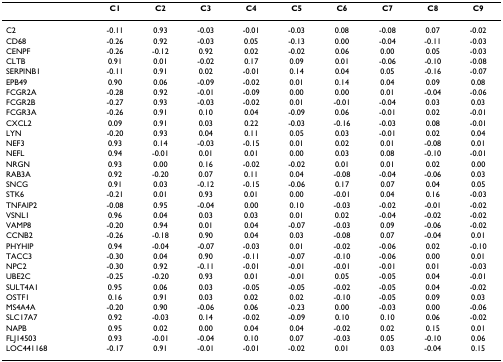
<table><thead><tr><td></td><td><b>C1</b></td><td><b>C2</b></td><td><b>C3</b></td><td><b>C4</b></td><td><b>C5</b></td><td><b>C6</b></td><td><b>C7</b></td><td><b>C8</b></td><td><b>C9</b></td></tr></thead><tbody><tr><td>C2</td><td>-0.11</td><td>0.93</td><td>-0.03</td><td>-0.01</td><td>-0.03</td><td>0.08</td><td>-0.08</td><td>0.07</td><td>-0.02</td></tr><tr><td>CD68</td><td>-0.26</td><td>0.92</td><td>-0.03</td><td>0.05</td><td>-0.13</td><td>0.00</td><td>-0.04</td><td>-0.11</td><td>-0.03</td></tr><tr><td>CENPF</td><td>-0.26</td><td>-0.12</td><td>0.92</td><td>0.02</td><td>-0.02</td><td>0.06</td><td>0.00</td><td>0.05</td><td>-0.03</td></tr><tr><td>CLTB</td><td>0.91</td><td>0.01</td><td>-0.02</td><td>0.17</td><td>0.09</td><td>0.01</td><td>-0.06</td><td>-0.10</td><td>-0.08</td></tr><tr><td>SERPINB1</td><td>-0.11</td><td>0.91</td><td>0.02</td><td>-0.01</td><td>0.14</td><td>0.04</td><td>0.05</td><td>-0.16</td><td>-0.07</td></tr><tr><td>EPB49</td><td>0.90</td><td>0.06</td><td>-0.09</td><td>-0.02</td><td>0.01</td><td>0.14</td><td>0.04</td><td>0.09</td><td>0.08</td></tr><tr><td>FCGR2A</td><td>-0.28</td><td>0.92</td><td>-0.01</td><td>-0.09</td><td>0.00</td><td>0.00</td><td>0.01</td><td>-0.04</td><td>-0.06</td></tr><tr><td>FCGR2B</td><td>-0.27</td><td>0.93</td><td>-0.03</td><td>-0.02</td><td>0.01</td><td>-0.01</td><td>-0.04</td><td>0.03</td><td>0.03</td></tr><tr><td>FCGR3A</td><td>-0.26</td><td>0.91</td><td>0.10</td><td>0.04</td><td>-0.09</td><td>0.06</td><td>-0.01</td><td>0.02</td><td>-0.01</td></tr><tr><td>CXCL2</td><td>0.09</td><td>0.91</td><td>0.03</td><td>0.22</td><td>-0.03</td><td>-0.16</td><td>-0.03</td><td>0.08</td><td>-0.01</td></tr><tr><td>LYN</td><td>-0.20</td><td>0.93</td><td>0.04</td><td>0.11</td><td>0.05</td><td>0.03</td><td>-0.01</td><td>0.02</td><td>0.04</td></tr><tr><td>NEF3</td><td>0.93</td><td>0.14</td><td>-0.03</td><td>-0.15</td><td>0.01</td><td>0.02</td><td>0.01</td><td>-0.08</td><td>0.01</td></tr><tr><td>NEFL</td><td>0.94</td><td>-0.01</td><td>0.01</td><td>0.01</td><td>0.00</td><td>0.03</td><td>0.08</td><td>-0.10</td><td>-0.01</td></tr><tr><td>NRGN</td><td>0.93</td><td>0.00</td><td>0.16</td><td>-0.02</td><td>-0.02</td><td>0.01</td><td>0.01</td><td>0.02</td><td>0.00</td></tr><tr><td>RAB3A</td><td>0.92</td><td>-0.20</td><td>0.07</td><td>0.11</td><td>0.04</td><td>-0.08</td><td>-0.04</td><td>-0.06</td><td>0.03</td></tr><tr><td>SNCG</td><td>0.91</td><td>0.03</td><td>-0.12</td><td>-0.15</td><td>-0.06</td><td>0.17</td><td>0.07</td><td>0.04</td><td>0.05</td></tr><tr><td>STK6</td><td>-0.21</td><td>0.01</td><td>0.93</td><td>0.01</td><td>0.00</td><td>-0.01</td><td>0.04</td><td>0.16</td><td>-0.03</td></tr><tr><td>TNFAIP2</td><td>-0.08</td><td>0.95</td><td>-0.04</td><td>0.00</td><td>0.10</td><td>-0.03</td><td>-0.02</td><td>-0.01</td><td>-0.02</td></tr><tr><td>VSNL1</td><td>0.96</td><td>0.04</td><td>0.03</td><td>0.03</td><td>0.01</td><td>0.02</td><td>-0.04</td><td>-0.02</td><td>-0.02</td></tr><tr><td>VAMP8</td><td>-0.20</td><td>0.94</td><td>0.01</td><td>0.04</td><td>-0.07</td><td>-0.03</td><td>0.09</td><td>-0.06</td><td>-0.02</td></tr><tr><td>CCNB2</td><td>-0.26</td><td>-0.18</td><td>0.90</td><td>0.04</td><td>0.03</td><td>-0.08</td><td>0.07</td><td>-0.04</td><td>0.01</td></tr><tr><td>PHYHIP</td><td>0.94</td><td>-0.04</td><td>-0.07</td><td>-0.03</td><td>0.01</td><td>-0.02</td><td>-0.06</td><td>0.02</td><td>-0.10</td></tr><tr><td>TACC3</td><td>-0.30</td><td>0.04</td><td>0.90</td><td>-0.11</td><td>-0.07</td><td>-0.10</td><td>-0.06</td><td>0.00</td><td>0.01</td></tr><tr><td>NPC2</td><td>-0.30</td><td>0.92</td><td>-0.11</td><td>-0.01</td><td>-0.01</td><td>-0.01</td><td>-0.01</td><td>0.01</td><td>-0.03</td></tr><tr><td>UBE2C</td><td>-0.25</td><td>-0.20</td><td>0.93</td><td>0.01</td><td>-0.01</td><td>0.05</td><td>-0.05</td><td>0.04</td><td>-0.01</td></tr><tr><td>SULT4A1</td><td>0.95</td><td>0.06</td><td>0.03</td><td>-0.05</td><td>-0.05</td><td>-0.02</td><td>-0.05</td><td>0.04</td><td>-0.02</td></tr><tr><td>OSTF1</td><td>0.16</td><td>0.91</td><td>0.03</td><td>0.02</td><td>0.02</td><td>-0.10</td><td>-0.05</td><td>0.09</td><td>0.03</td></tr><tr><td>MS4A4A</td><td>-0.20</td><td>0.90</td><td>-0.06</td><td>0.06</td><td>-0.23</td><td>0.00</td><td>-0.03</td><td>0.00</td><td>-0.06</td></tr><tr><td>SLC17A7</td><td>0.92</td><td>-0.03</td><td>0.14</td><td>-0.02</td><td>-0.09</td><td>0.10</td><td>0.10</td><td>0.06</td><td>-0.02</td></tr><tr><td>NAPB</td><td>0.95</td><td>0.02</td><td>0.00</td><td>0.04</td><td>0.04</td><td>-0.02</td><td>0.02</td><td>0.15</td><td>0.01</td></tr><tr><td>FLJ14503</td><td>0.93</td><td>-0.01</td><td>-0.04</td><td>0.10</td><td>0.07</td><td>-0.03</td><td>0.05</td><td>-0.10</td><td>0.06</td></tr><tr><td>LOC441168</td><td>-0.17</td><td>0.91</td><td>-0.01</td><td>-0.01</td><td>-0.02</td><td>0.01</td><td>0.03</td><td>-0.04</td><td>0.15</td></tr></tbody></table>